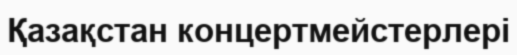
Қазақстан концертмейстерлері